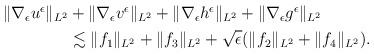
LaTeX: \begin{align*}\begin{aligned}\Vert \nabla_\epsilon u^\epsilon\Vert_{L^2}&+\Vert \nabla_\epsilon v^\epsilon\Vert_{L^2}+\Vert \nabla_\epsilon h^\epsilon\Vert_{L^2}+\Vert \nabla_\epsilon g^\epsilon\Vert_{L^2}\\&\lesssim \Vert f_1\Vert_{L^2}+\Vert f_3\Vert_{L^2}+\sqrt{\epsilon}(\Vert f_2\Vert_{L^2}+\Vert f_4\Vert_{L^2}).\end{aligned}\end{align*}